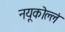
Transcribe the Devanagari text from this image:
नयूकोल्लं